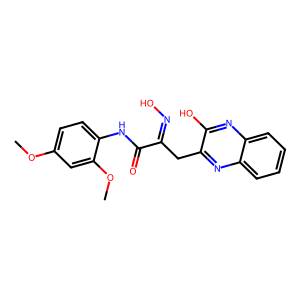
SMILES: COc1ccc(NC(=O)C(Cc2nc3ccccc3nc2O)=NO)c(OC)c1
Inhibits HIV replication: No